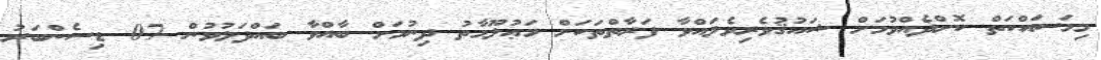
މިމަސައްކަތް ކޮށްދެއްވުމަށް ޝައުޤުވެރިވެލައްވާ ފަރާތްތަކަށް މަޢުލޫމާތު ދިނުމަށް ބާއްވާ ބައްދަލުވުން 07 ޑިސެންބަރު